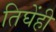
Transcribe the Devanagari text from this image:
तिघेंही